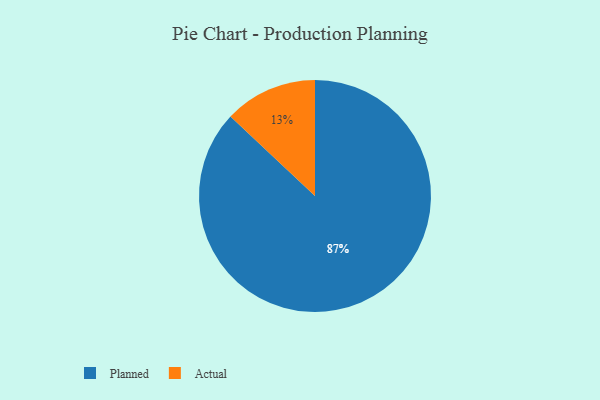
{"axis": {"x": "Category", "y": "Percentage"}, "legend": ["Actual", "Planned"], "data": [{"x": "Actual", "y": 13, "type": "Actual"}, {"x": "Planned", "y": 87, "type": "Planned"}]}